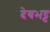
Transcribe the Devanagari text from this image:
देवभट्ट